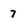
Character: 7